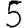
Digit: 5